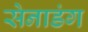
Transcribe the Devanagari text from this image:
सेनाडंग